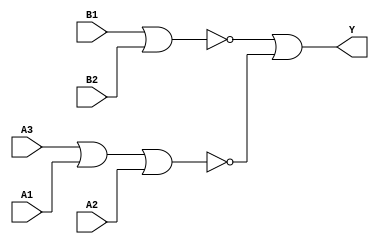
/*
 * Copyright 2020 The SkyWater PDK Authors
 *
 * Licensed under the Apache License, Version 2.0 (the "License");
 * you may not use this file except in compliance with the License.
 * You may obtain a copy of the License at
 *
 *     https://www.apache.org/licenses/LICENSE-2.0
 *
 * Unless required by applicable law or agreed to in writing, software
 * distributed under the License is distributed on an "AS IS" BASIS,
 * WITHOUT WARRANTIES OR CONDITIONS OF ANY KIND, either express or implied.
 * See the License for the specific language governing permissions and
 * limitations under the License.
 *
 * SPDX-License-Identifier: Apache-2.0
*/


`ifndef SKY130_FD_SC_MS__O32AI_BEHAVIORAL_V
`define SKY130_FD_SC_MS__O32AI_BEHAVIORAL_V

/**
 * o32ai: 3-input OR and 2-input OR into 2-input NAND.
 *
 *        Y = !((A1 | A2 | A3) & (B1 | B2))
 *
 * Verilog simulation functional model.
 */

`timescale 1ns / 1ps
`default_nettype none

`celldefine
module sky130_fd_sc_ms__o32ai (
    Y ,
    A1,
    A2,
    A3,
    B1,
    B2
);

    // Module ports
    output Y ;
    input  A1;
    input  A2;
    input  A3;
    input  B1;
    input  B2;

    // Module supplies
    supply1 VPWR;
    supply0 VGND;
    supply1 VPB ;
    supply0 VNB ;

    // Local signals
    wire nor0_out ;
    wire nor1_out ;
    wire or0_out_Y;

    //  Name  Output     Other arguments
    nor nor0 (nor0_out , A3, A1, A2        );
    nor nor1 (nor1_out , B1, B2            );
    or  or0  (or0_out_Y, nor1_out, nor0_out);
    buf buf0 (Y        , or0_out_Y         );

endmodule
`endcelldefine

`default_nettype wire
`endif  // SKY130_FD_SC_MS__O32AI_BEHAVIORAL_V